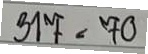
317 = 70